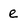
Character: e